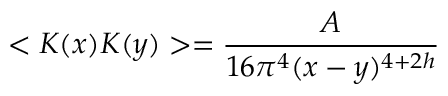
< K ( x ) K ( y ) > = \frac { A } { 1 6 \pi ^ { 4 } ( x - y ) ^ { 4 + 2 h } }